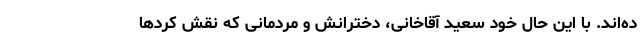
ده‌اند. با این حال خود سعید آقاخانی، دخترانش و مردمانی که نقش کردها